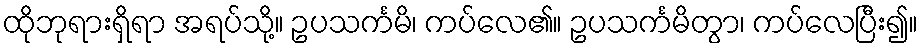
ထိုဘုရားရှိရာ အရပ်သို့။ ဥပသင်္ကမိ၊ ကပ်လေ၏။ ဥပသင်္ကမိတွာ၊ ကပ်လေပြီး၍။